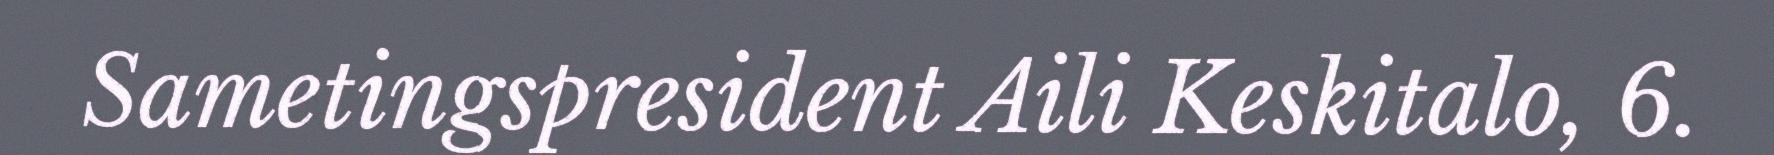
Sametingspresident Aili Keskitalo, 6.